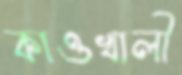
কাওখালী